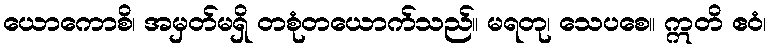
ယောကောစိ၊ အမှတ်မရှိ တစုံတယောက်သည်။ မရတု၊ သေပစေ။ ဣတိ ဧဝံ၊